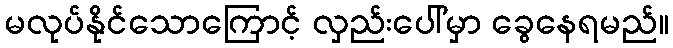
မလုပ်နိုင်သောကြောင့် လှည်းပေါ်မှာ ခွေနေရမည်။